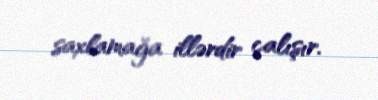
saxlamağa illərdir çalışır.